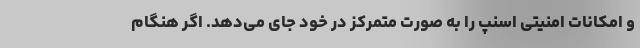
و امکانات امنیتی اسنپ را به صورت متمرکز در خود جای می‌دهد. اگر هنگام